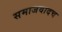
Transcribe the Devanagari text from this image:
समाजवादच